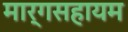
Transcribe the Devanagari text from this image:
मार्गसहायम